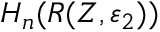
H _ { n } ( R ( Z , \varepsilon _ { 2 } ) )